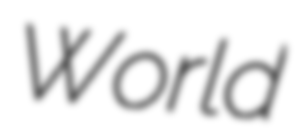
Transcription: World